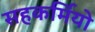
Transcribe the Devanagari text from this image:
सहकर्मियो